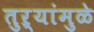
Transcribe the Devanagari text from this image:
तुऱ्यांमुळे